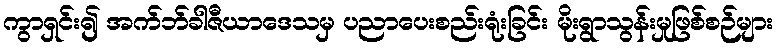
ကွာရှင်း၍ အက်ဘ်ခါဇီယာဒေသမှ ပညာပေးစည်းရုံးခြင်း မိုးရွာသွန်းမှုဖြစ်စဉ်များ